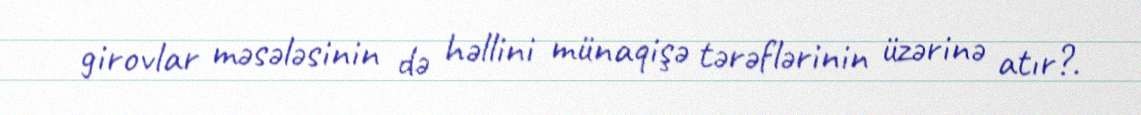
girovlar məsələsinin də həllini münaqişə tərəflərinin üzərinə atır?.